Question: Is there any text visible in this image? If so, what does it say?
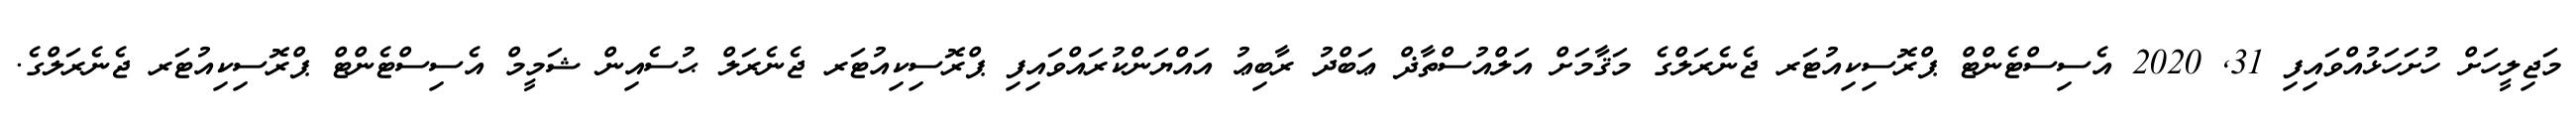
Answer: މަޖިލީހަށް ހުށަހަޅުއްވައިފި 31, 2020 އެސިސްޓެންޓް ޕްރޮސިކިއުޓަރ ޖެނެރަލްގެ މަޤާމަށް އަލްއުސްތާޛް ޢަބްދު ރާބިޢު އައްޔަންކުރައްވައިފި ޕްރޮސިކިއުޓަރ ޖެނެރަލް ޙުސެއިން ޝަމީމް އެސިސްޓެންޓް ޕްރޮސިކިއުޓަރ ޖެނެރަލްގެ.